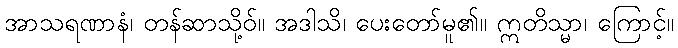
အာသရဏာနံ၊ တန်ဆာသို့ဝ်။ အဒါသိ၊ ပေးတော်မူ၏။ ဣတိသ္မာ၊ ကြောင့်။